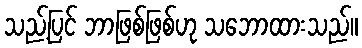
သည့်ပြင် ဘာဖြစ်ဖြစ်ဟု သဘောထားသည်။